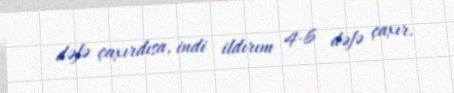
dəfə çaxırdısa, indi ildırım 4-6 dəfə çaxır.